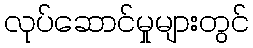
လုပ်ဆောင်မှုများတွင်